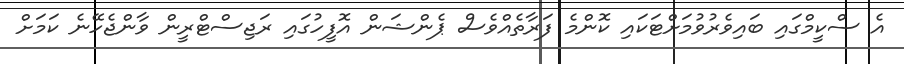
އެ ސްކީމްގައި ބައިވެރުވުމަށްޓަކައި ކޮންމެ ފަރާތެއްވެސް ޕެންޝަން އޮފީހުގައި ރަޖިސްޓްރީން ވާންޖެހޭނެ ކަމަށް